Civil Veterinary Department. United Provinces 1912-22 - 1912-1922
Year: 1912
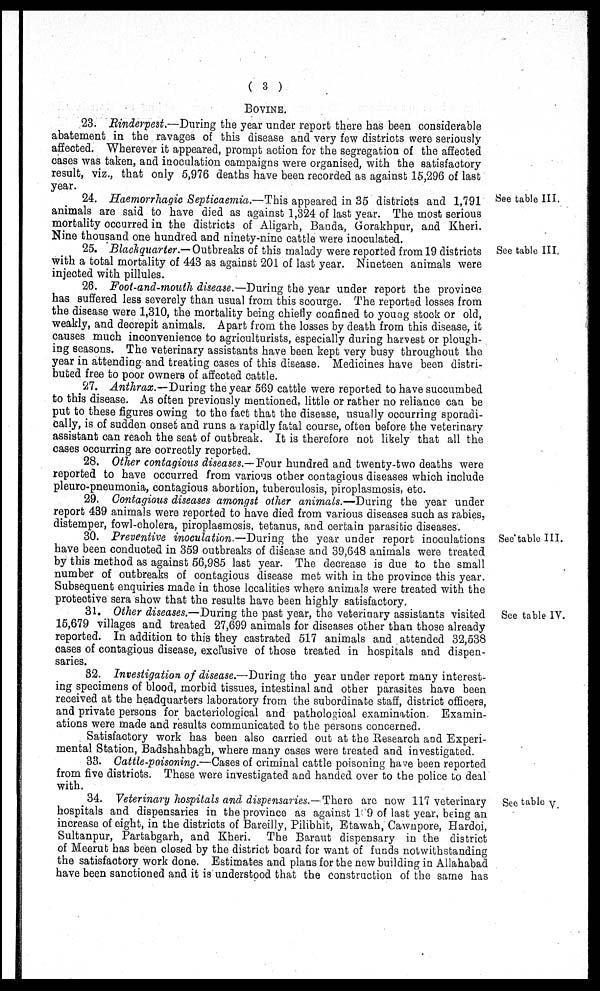
( 3 )
BOVI NEG. B. V. C.
23. Rinderpest.—During the year under report there has been considerable
abatement in the ravages of this disease and very few districts were seriously
affected. Wherever it appeared, prompt action for the segregation of the affected
cases was taken, and inoculation campaigns were organised, with the satisfactory
result, viz., that only 5,976 deaths have been recorded as against 15,296 of last
year.
See table III.
24. Haemorrhagic Septicaemia.—This appeared in 35 districts and 1,791
animals are said to have died as against 1,324 of last year. The most serious
mortality occurred in the districts of Aligarh, Banda, Gorakhpur, and Kheri.
Nine thousand one hundred and ninety-nine cattle were inoculated.
See table III.
25. Blackquarter.— Outbreaks of this malady were reported from 19 districts
with a total mortality of 443 as against 201 of last year. Nineteen animals were
injected with pillules.
26. Foot-and-mouth disease.—During the year under report the province
has suffered less severely than usual from this scourge. The reported losses from
the disease were 1,310, the mortality being chiefly confined to young stock or old,
weakly, and decrepit animals. Apart from the losses by death from this disease, it
causes much inconvenience to agriculturists, especially during harvest or plough-
ing seasons. The veterinary assistants have been kept very busy throughout the
year in attending and treating cases of this disease. Medicines have been distri-
buted free to poor owners of affected cattle.
27. Anthrax.—During the year 569 cattle were reported to have succumbed
to this disease. As often previously mentioned, little or rather no reliance can be
put to these figures owing to the fact that the disease, usually occurring sporadi-
cally, is of sudden onset and runs a rapidly fatal course, often before the veterinary
assistant can reach the seat of outbreak. It is therefore not likely that all the
cases occurring are correctly reported.
28. Other contagious diseases.— Four hundred and twenty-two deaths were
reported to have occurred from various other contagious diseases which include
pleuro-pneumonia, contagious abortion, tuberculosis, piroplasmosis, etc.
29. Contagious diseases amongst other animals.—During the year under
report 439 animals were reported to have died from various diseases such as rabies,
distemper, fowl-cholera, piroplasmosis, tetanus, and certain parasitic diseases.
See table III.
30. Preventive inoculation.—During the year under report inoculations
have been conducted in 359 outbreaks of disease and 39,648 animals were treated
by this method as against 56,985 last year. The decrease is due to the small
number of outbreaks of contagious disease met with in the province this year.
Subsequent enquiries made in those lccalities where animals were treated with the
protective sera show that the results have been highly satisfactory.
See table IV.
31. Other diseases.—During the past year, the veterinary assistants visited
15,679 villages and treated 27,699 animals for diseases other than those already
reported. In addition to this they castrated 517 animals and attended 32,538
oases of contagious disease, exclusive of those treated in hospitals and dispen-
saries.
32. Investigation of disease.—During the year under report many interest-
ing specimens of blood, morbid tissues, intestinal and other parasites have been
received at the headquarters laboratory from the subordinate staff, district officers,
and private persons for bacteriological and pathological examination. Examin-
ations were made and results communicated to the persons concerned.
Satisfactory work has been also carried out at the Research and Experi-
mental Station, Badshahbagh, where many cases were treated and investigated.
33. Cattle-poisoning.—Cases of criminal cattle poisoning have been reported
from five districts. These were investigated and handed over to the police to deal
with.
See table V.
34. Veterinary hospitals and dispensaries.— There are now 117 veterinary
hospitals and dispensaries in the province as against 1 9 of last year being an
increase of eight, in the districts of Bareilly, Pilibhit, Etawah, Cawnpore, Hardoi,
Sultanpur, Partabgarh, and Kheri. The Baraut dispensary in the district
of Meerut has been closed by the district board for want of funds notwithstanding
the satisfactory work done. Estimates and plans for the new building in Allahabad
have been sanctioned and it is understood that the construction of the same has